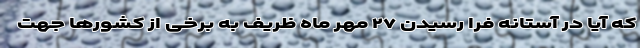
که آیا در آستانه فرا رسیدن ۲۷ مهر ماه ظریف به برخی از کشورها جهت